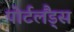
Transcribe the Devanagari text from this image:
पोर्टलैंड्स